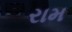
રામ